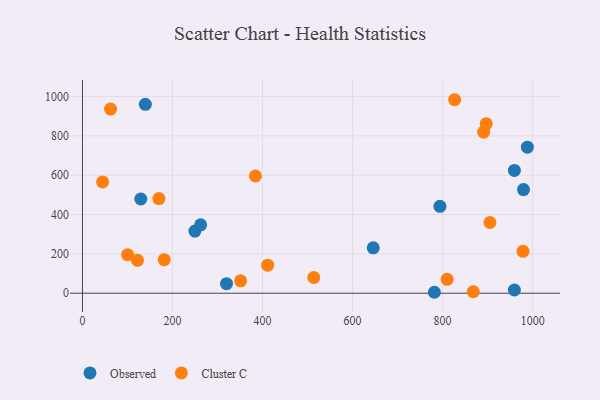
{"axis": {"x": "Experience", "y": "Profit"}, "legend": ["Cluster C", "Observed"], "data": [{"x": "794.1", "y": 441.6, "type": "Observed"}, {"x": "320.0", "y": 48.5, "type": "Observed"}, {"x": "249.8", "y": 316.2, "type": "Observed"}, {"x": "959.4", "y": 16.3, "type": "Observed"}, {"x": "262.5", "y": 348.0, "type": "Observed"}, {"x": "139.7", "y": 960.5, "type": "Observed"}, {"x": "129.6", "y": 479.0, "type": "Observed"}, {"x": "781.7", "y": 4.8, "type": "Observed"}, {"x": "979.7", "y": 527.0, "type": "Observed"}, {"x": "959.5", "y": 624.3, "type": "Observed"}, {"x": "988.3", "y": 742.8, "type": "Observed"}, {"x": "645.9", "y": 230.8, "type": "Observed"}, {"x": "891.1", "y": 819.2, "type": "Cluster C"}, {"x": "826.7", "y": 983.9, "type": "Cluster C"}, {"x": "868.1", "y": 8.0, "type": "Cluster C"}, {"x": "351.3", "y": 63.1, "type": "Cluster C"}, {"x": "122.3", "y": 167.2, "type": "Cluster C"}, {"x": "181.6", "y": 170.6, "type": "Cluster C"}, {"x": "44.8", "y": 565.8, "type": "Cluster C"}, {"x": "384.2", "y": 596.5, "type": "Cluster C"}, {"x": "905.1", "y": 359.7, "type": "Cluster C"}, {"x": "978.6", "y": 213.0, "type": "Cluster C"}, {"x": "100.3", "y": 195.8, "type": "Cluster C"}, {"x": "896.9", "y": 861.9, "type": "Cluster C"}, {"x": "169.8", "y": 481.2, "type": "Cluster C"}, {"x": "411.3", "y": 142.5, "type": "Cluster C"}, {"x": "810.1", "y": 70.4, "type": "Cluster C"}, {"x": "62.4", "y": 936.2, "type": "Cluster C"}, {"x": "513.8", "y": 80.0, "type": "Cluster C"}]}